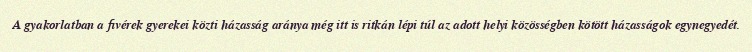
A gyakorlatban a fivérek gyerekei közti házasság aránya még itt is ritkán lépi túl az adott helyi közösségben kötött házasságok egynegyedét.